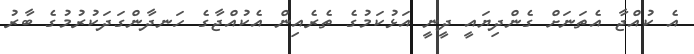
އެ ކުއްޖާ އެތަނަށް ގެންދިޔައީ ދީނީ އަޅުކަމުގެ ތެރެއިން އެކުއްޖާގެ ހަނދާންގަދަކުރުމުގެ ބާރު